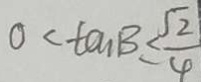
0 < \tan B \leq \frac { \sqrt { 2 } } { 4 }